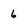
Character: 6